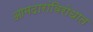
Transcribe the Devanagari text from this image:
आमदारांविरोधात